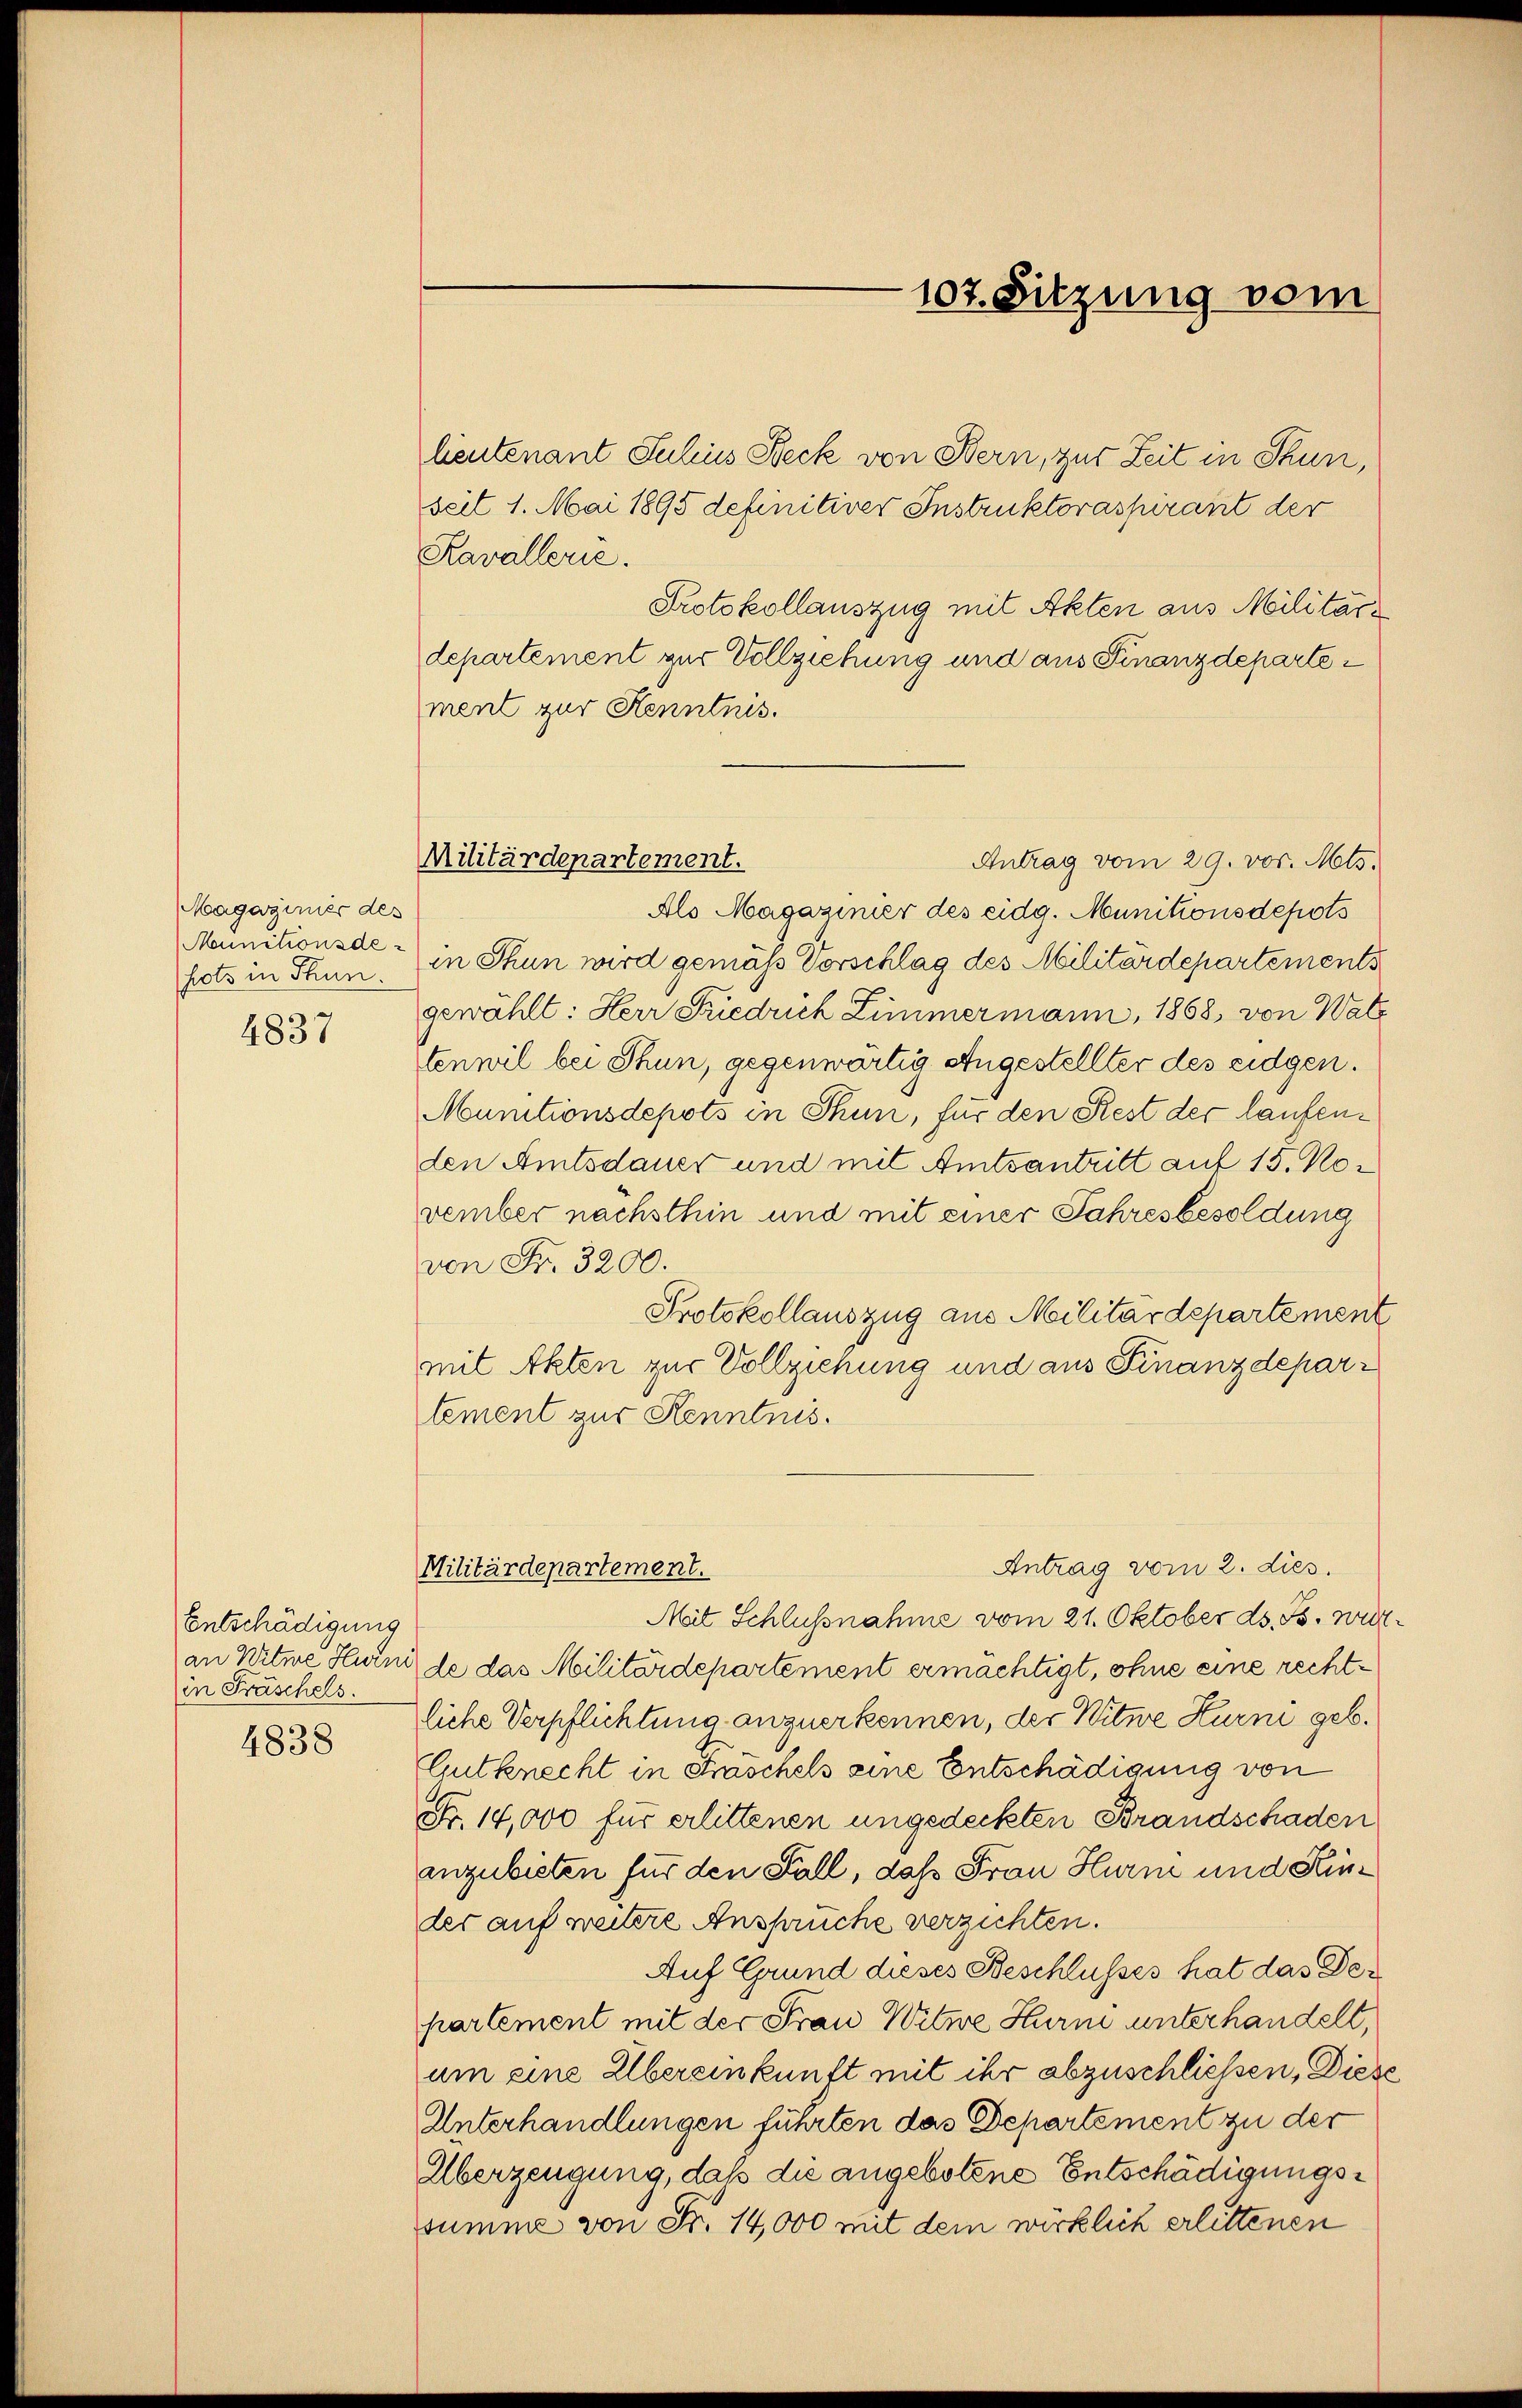
Magaziner des
Mainitionsdehots in Thun.

4837

Entschädigung
in Fräschels.

4838

Militärdepartement.

lieutenant Julius Beck von Bern, zur Zeit in Thun,
seit 1. Mai 1895 definitiver Instruktoraspirant der
Kavallerie.
Protokollauszug mit Akten aus Militäri
departement zur Vollziehung und aus Finanzdepartement zur Kenntnis.
Antrag vom 29. vor. Mts.
Als Magazinier des eidg. Munitionsdepots
in Thun wird gemäß Vorschlag des Militärdepartements
gewählt: Herr Friedrich Zimmermann, 1868, von Watz
tenwil bei Thun, gegenwärtig Angestellter des eidgen.
Munitionsdepots in Thun, für den Rest der laufenden Amtsdauer und mit Amtsantritt auf 15. November nachsthin und mit einer Jahresbesoldung
von Fr. 3200.
Protokollauszug aus Militärdepartement
mit Akten zur Vollziehung und aus Finanzdepartement zur Kenntnis.
Antrag vom 2. dies
Militärdepartement.
Mit Schlussnahme vom 21. Oktober ds. B. wer
an Witwe Hurni de das Militärdepartement ermächtigt, ohne eine rechtliche Verpflichtung anzuerkennen, der Witwe Hurni geb.
Gutknecht in Kraschels eine Entschädigung von
Fr. 14,000 für erlittenen ungedeckten Brandschaden
anzubieten für den Fall, daß Frau Hurm und Kinder auf weitere Anspruche verzichten.
Auf Grund dieses Beschlusses hat das Der
partement mit der Frau Witwe Hurn unterhandelt,
um eine Übereinkunft mit ihr abzuschließen, Diese
Unterhandlungen führten das Departement zu der
Überzeugung, daß die angebotene Entschädigungssumme von Fr. 14,000 mit dem wirklich erlittenen

107. Sitzung vom